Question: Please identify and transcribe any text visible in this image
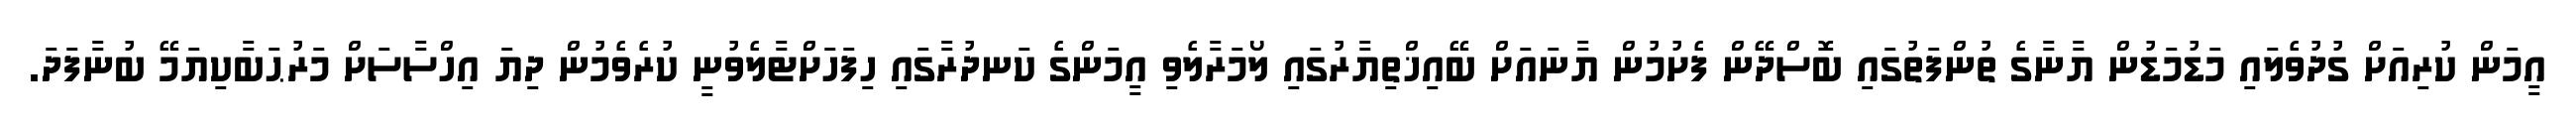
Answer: އީމަން ކުރިއަށް ގުދުވެލައި މަޑުމަޑުން ޔާނާގެ ތުންފަތުގައި ބޮސްދޭން ފެށުމުން ޔާނައަށް ބޭއިޚްތިޔާރުގައި ލޯމަރާލެވި އީމަންގެ ކަނދުރާގައި ހިފަހަށްޓާލެވުނީ ކުރެވެމުން ދިޔަ އިހްސާސަށް މަރުޙަބާކިޔަމޭ ބުނާފަދަ.